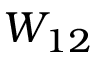
W _ { 1 2 }